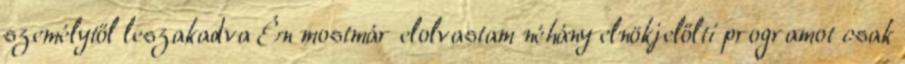
személytől leszakadva Én mostmár elolvastam néhány elnökjelőlti programot csak